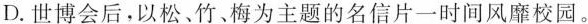
D.世博会后，以松、竹、梅为主题的名信片一时间风靡校园。